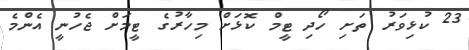
23 ކުޅިވަރު ތަށި ހޯދި ޓީމް ކޮޅަށް މިހާރުގެ ޓީމަށް ޖެހުނީ އެންމެ